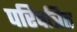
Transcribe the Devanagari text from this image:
परिवत्रित